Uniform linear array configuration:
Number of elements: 24
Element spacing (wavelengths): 0.5
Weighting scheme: uniform
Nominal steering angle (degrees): -45
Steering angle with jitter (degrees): -45.397
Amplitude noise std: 0.05
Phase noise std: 0.05

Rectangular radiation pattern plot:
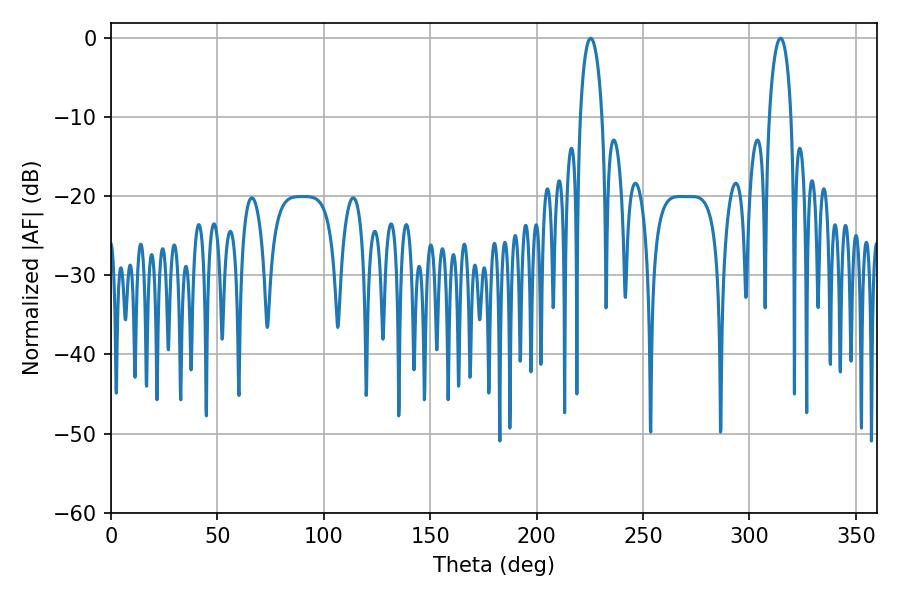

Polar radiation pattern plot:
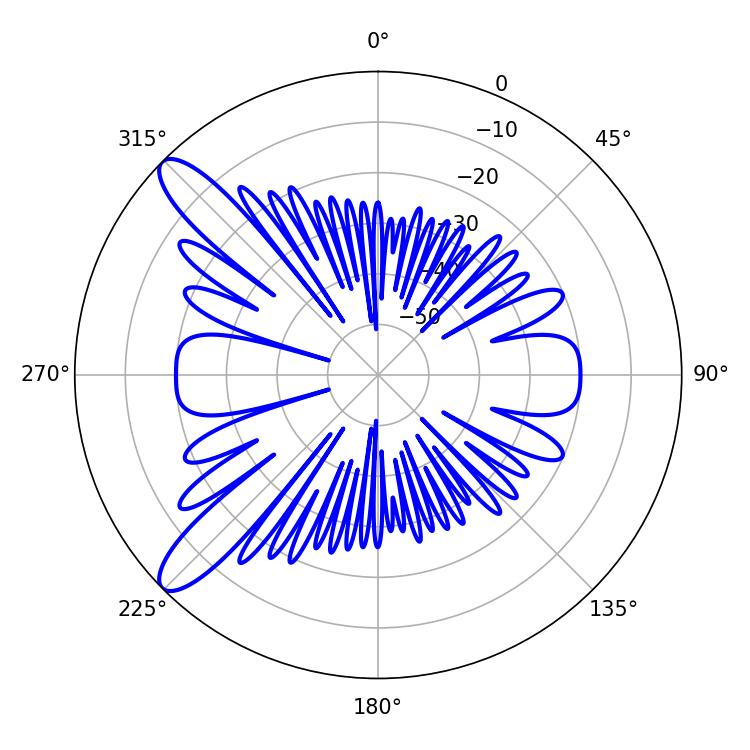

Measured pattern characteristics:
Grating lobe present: FALSE
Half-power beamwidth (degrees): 5.94
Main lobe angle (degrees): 225.36